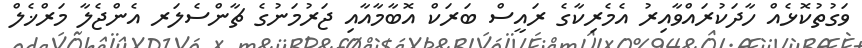
ވަގުތުކޮޅެއް ހާދަކުރައްވާއިރު އެމެރިކާގެ ރައީސް ބަރަކް އޮބާމާއާއި ޖަރުމަނުގެ ޗާންސެލަރ އެންޖެލާ މަރްޚެލް